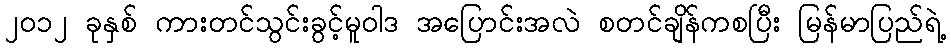
၂ဝ၁၂ ခုနှစ် ကားတင်သွင်းခွင့်မူဝါဒ အပြောင်းအလဲ စတင်ချိန်ကစပြီး မြန်မာပြည်ရဲ့